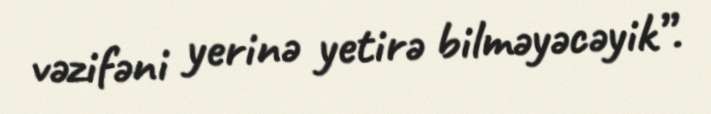
vəzifəni yerinə yetirə bilməyəcəyik”.